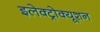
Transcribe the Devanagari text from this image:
इलेक्ट्रोक्यूशन